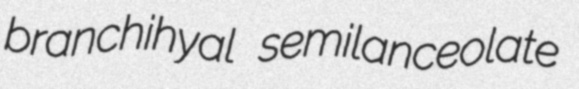
branchihyal semilanceolate